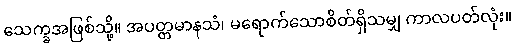
သေက္ခအဖြစ်သို့။ အပတ္တမာနသံ၊ မရောက်သောစိတ်ရှိသမျှ ကာလပတ်လုံး။